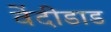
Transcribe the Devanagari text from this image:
वेंदीडाड